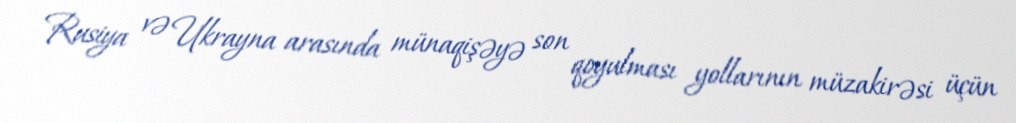
Rusiya və Ukrayna arasında münaqişəyə son qoyulması yollarının müzakirəsi üçün